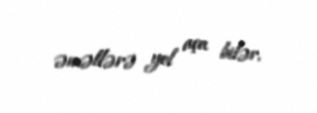
əməllərə yol aça bilər.